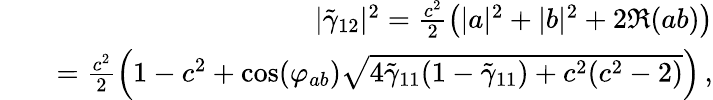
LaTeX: \begin{array}{rlr}&{}&{|\tilde{\gamma}_{12}|^{2}=\frac{c^{2}}{2}\left(|a|^{2}+|b|^{2}+2\Re(ab)\right)}\\ &{}&{=\frac{c^{2}}{2}\left(1-c^{2}+\mathrm{cos}(\varphi_{ab})\sqrt{4\tilde{\gamma}_{11}(1-\tilde{\gamma}_{11})+c^{2}(c^{2}-2)}\right)\, ,}\end{array}